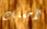
لأجعلك